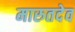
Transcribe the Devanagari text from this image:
मारुतदेव